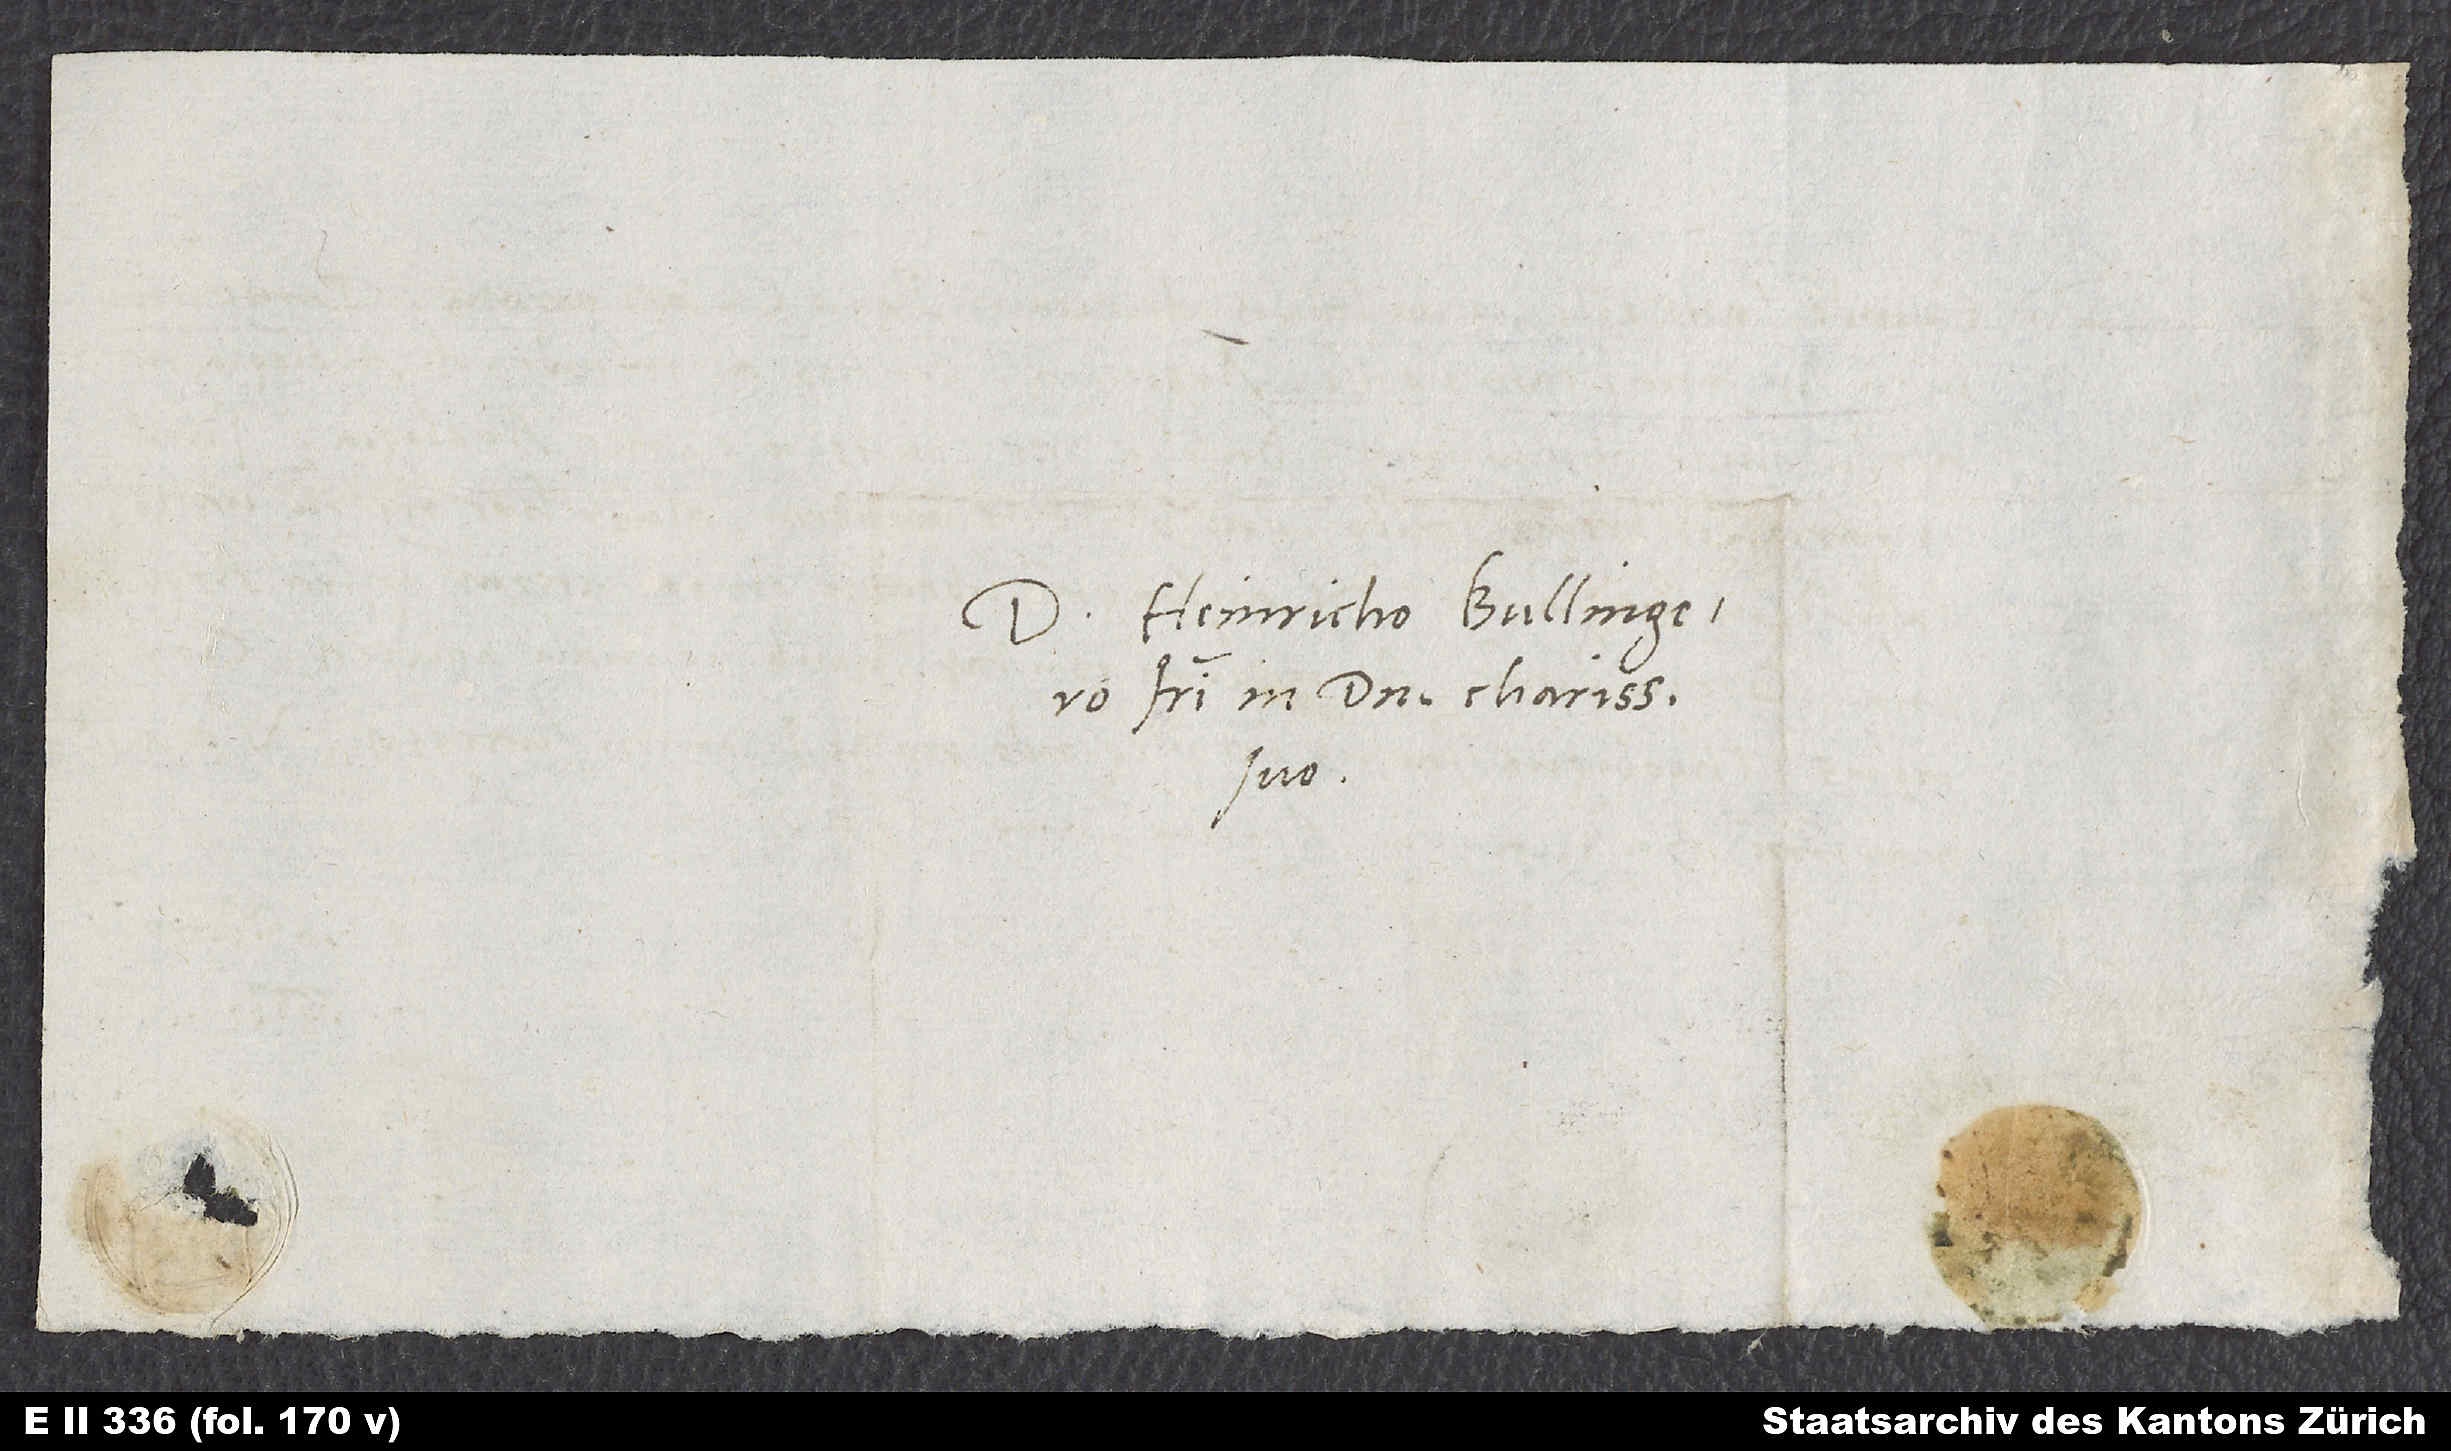
Domino Heinricho Bullingero,
fratri in domino charissimo
suo.